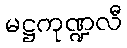
မဋ္ဌကုဏ္ဍလီ